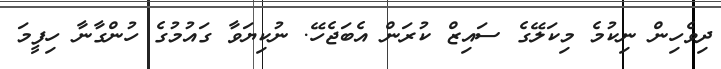
ދިވެހިން ނިކުމެ މިކަލޭގެ ސައިޒް ކުރަން އެބަޖެހޭ. ނުކިޔަވާ ގައުމުގެ ހުންގާނާ ހިފީމަ